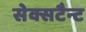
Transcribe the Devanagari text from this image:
सेक्सटैन्ट